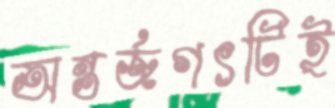
অন্তর্জগৎটিই